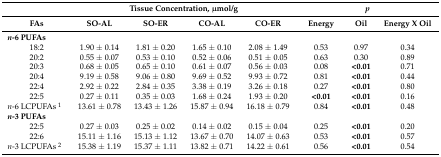
|  | <COLSPAN=4> Tissue Concentration, μmol/g | <COLSPAN=3> p |
 | FAs | SO-AL | SO-ER | CO-AL | CO-ER | Energy | Oil | Energy X Oil |
 | --- | --- | --- | --- | --- | --- | --- | --- |
 | n-6 PUFAs |  |  |  |  |  |  |  |
 | 18:2 | 1.90 ± 0.14 | 1.81 ± 0.20 | 1.65 ± 0.10 | 2.08 ± 1.49 | 0.53 | 0.97 | 0.34 |
 | 20:2 | 0.55 ± 0.07 | 0.53 ± 0.10 | 0.52 ± 0.06 | 0.51 ± 0.05 | 0.63 | 0.30 | 0.89 |
 | 20:3 | 0.68 ± 0.05 | 0.65 ± 0.10 | 0.61 ± 0.07 | 0.56 ± 0.03 | 0.08 | <0.01 | 0.71 |
 | 20:4 | 9.19 ± 0.58 | 9.06 ± 0.80 | 9.69 ± 0.52 | 9.93 ± 0.72 | 0.81 | <0.01 | 0.44 |
 | 22:4 | 2.92 ± 0.22 | 2.84 ± 0.35 | 3.38 ± 0.19 | 3.26 ± 0.18 | 0.27 | <0.01 | 0.80 |
 | 22:5 | 0.27 ± 0.11 | 0.35 ± 0.03 | 1.68 ± 0.24 | 1.93 ± 0.20 | <0.01 | <0.01 | 0.16 |
 | n-6 LCPUFAs 1 | 13.61 ± 0.78 | 13.43 ± 1.26 | 15.87 ± 0.94 | 16.18 ± 0.79 | 0.84 | <0.01 | 0.48 |
 | n-3 PUFAs |  |  |  |  |  |  |  |
 | 22:5 | 0.27 ± 0.03 | 0.25 ± 0.02 | 0.14 ± 0.02 | 0.15 ± 0.04 | 0.25 | <0.01 | 0.20 |
 | 22:6 | 15.11 ± 1.16 | 15.13 ± 1.12 | 13.67 ± 0.70 | 14.07 ± 0.63 | 0.53 | <0.01 | 0.57 |
 | n-3 LCPUFAs 2 | 15.38 ± 1.19 | 15.37 ± 1.11 | 13.82 ± 0.71 | 14.22 ± 0.61 | 0.56 | <0.01 | 0.54 |